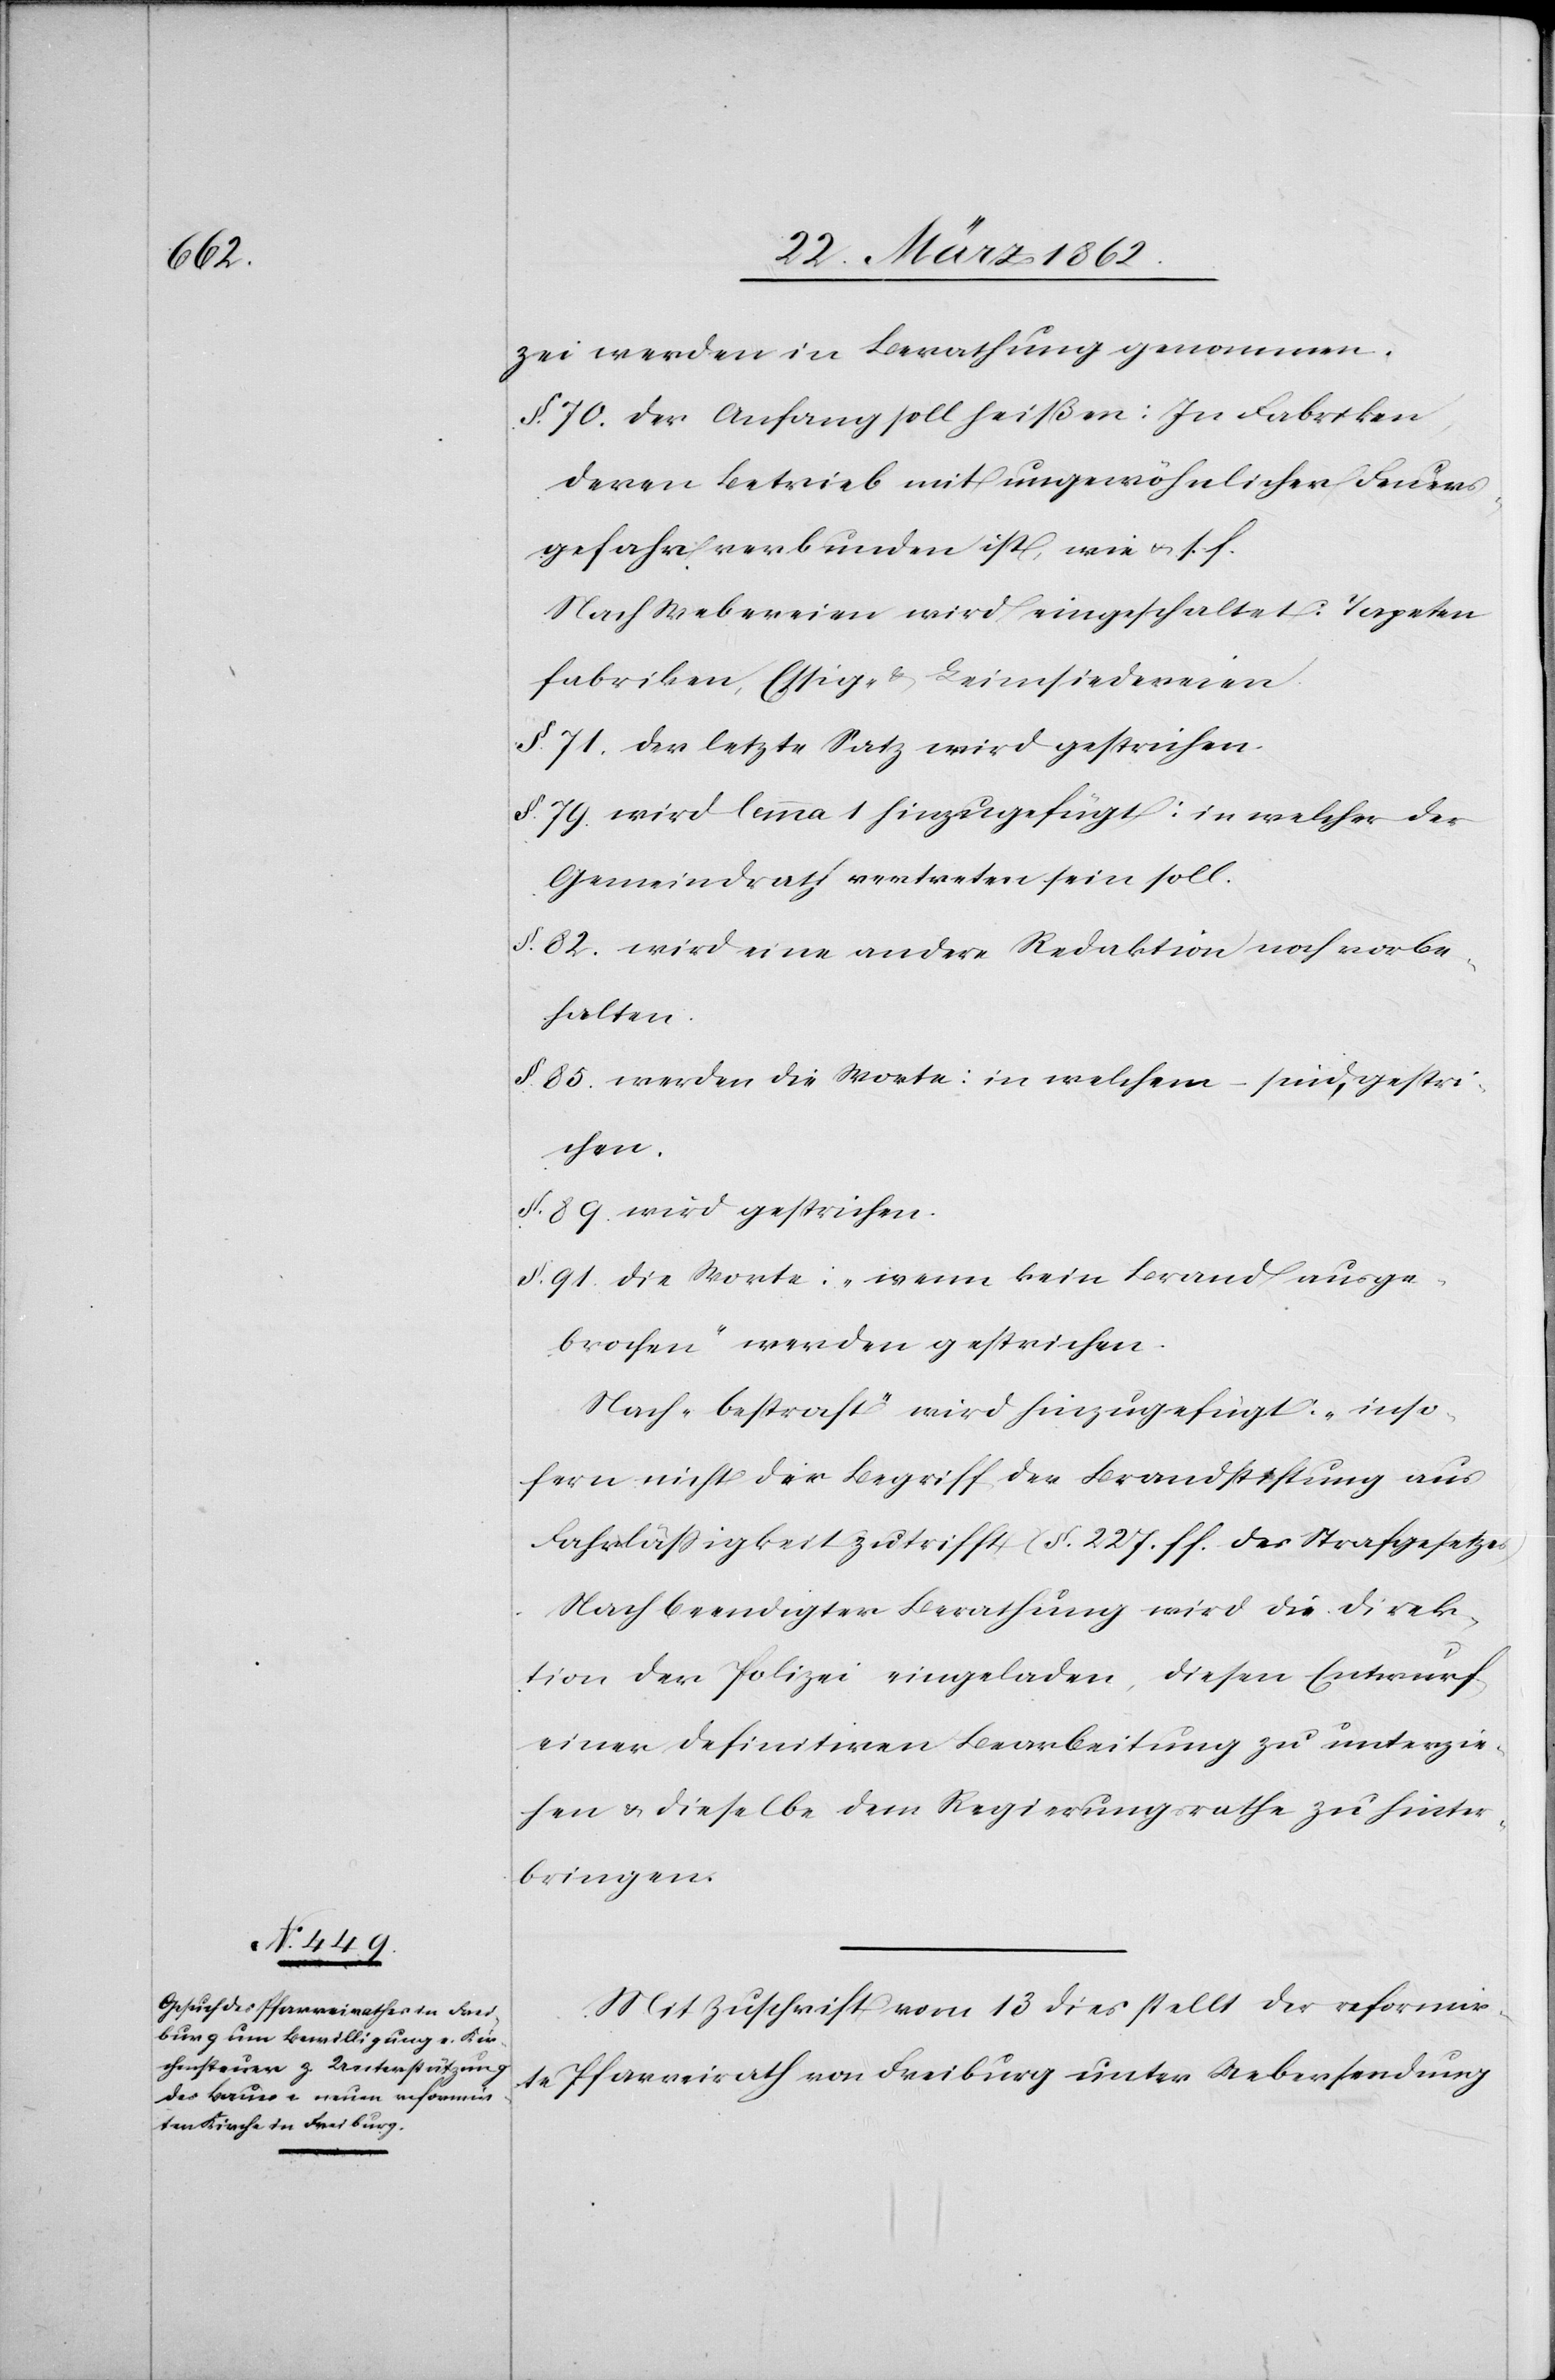
zei werden in Berathung genommen.
§. 70. der Anfang soll heißen: In Fabriken,
deren Betrieb mit ungewöhnlicher Feuers¬
gefahr verbunden ist, wie u. s. f.
Nach Webereien wird eingeschaltet: Tapeten¬
fabriken, Essig- & Leimsiedereien.
§. 71. der letzte Satz wird gestrichen.
§. 79. wird lemma 1 hinzugefügt: in welcher der
Gemeindrath vertreten sein soll.
§. 82. wird eine andere Redaktion noch vorbe¬
halten.
§. 85. werden die Worte: in welchem – sind, gestri¬
chen.
§. 89. wird gestrichen.
§. 91. die Worte: „wenn kein Brand ausge¬
brochen“ werden gestrichen.
Nach „bestraft“ wird hinzugefügt: „inso¬
fern nicht der Begriff der Brandstiftung aus
Fahrläßigkeit zutrifft[“] (§. 227. ff. des Strafgesetzes)
Nach beendigter Berathung wird die Direk¬
tion der Polizei eingeladen, diesen Entwurf
einer definitiven Bearbeitung zu unterzie¬
hen & dieselbe dem Regierungsrathe zu hinter¬
bringen.
Mit Zuschrift vom 13 dies stellt der reformir¬
te Pfarreirath von Freiburg unter Uebersendung